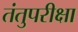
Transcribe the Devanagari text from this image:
तंतुपरीक्षा